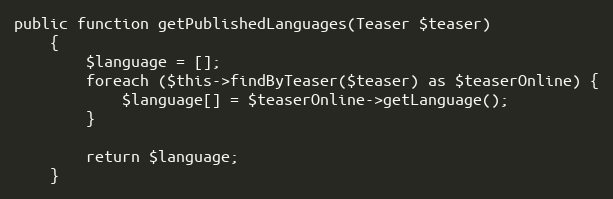
Language: PHP
public function getPublishedLanguages(Teaser $teaser)
    {
        $language = [];
        foreach ($this->findByTeaser($teaser) as $teaserOnline) {
            $language[] = $teaserOnline->getLanguage();
        }

        return $language;
    }